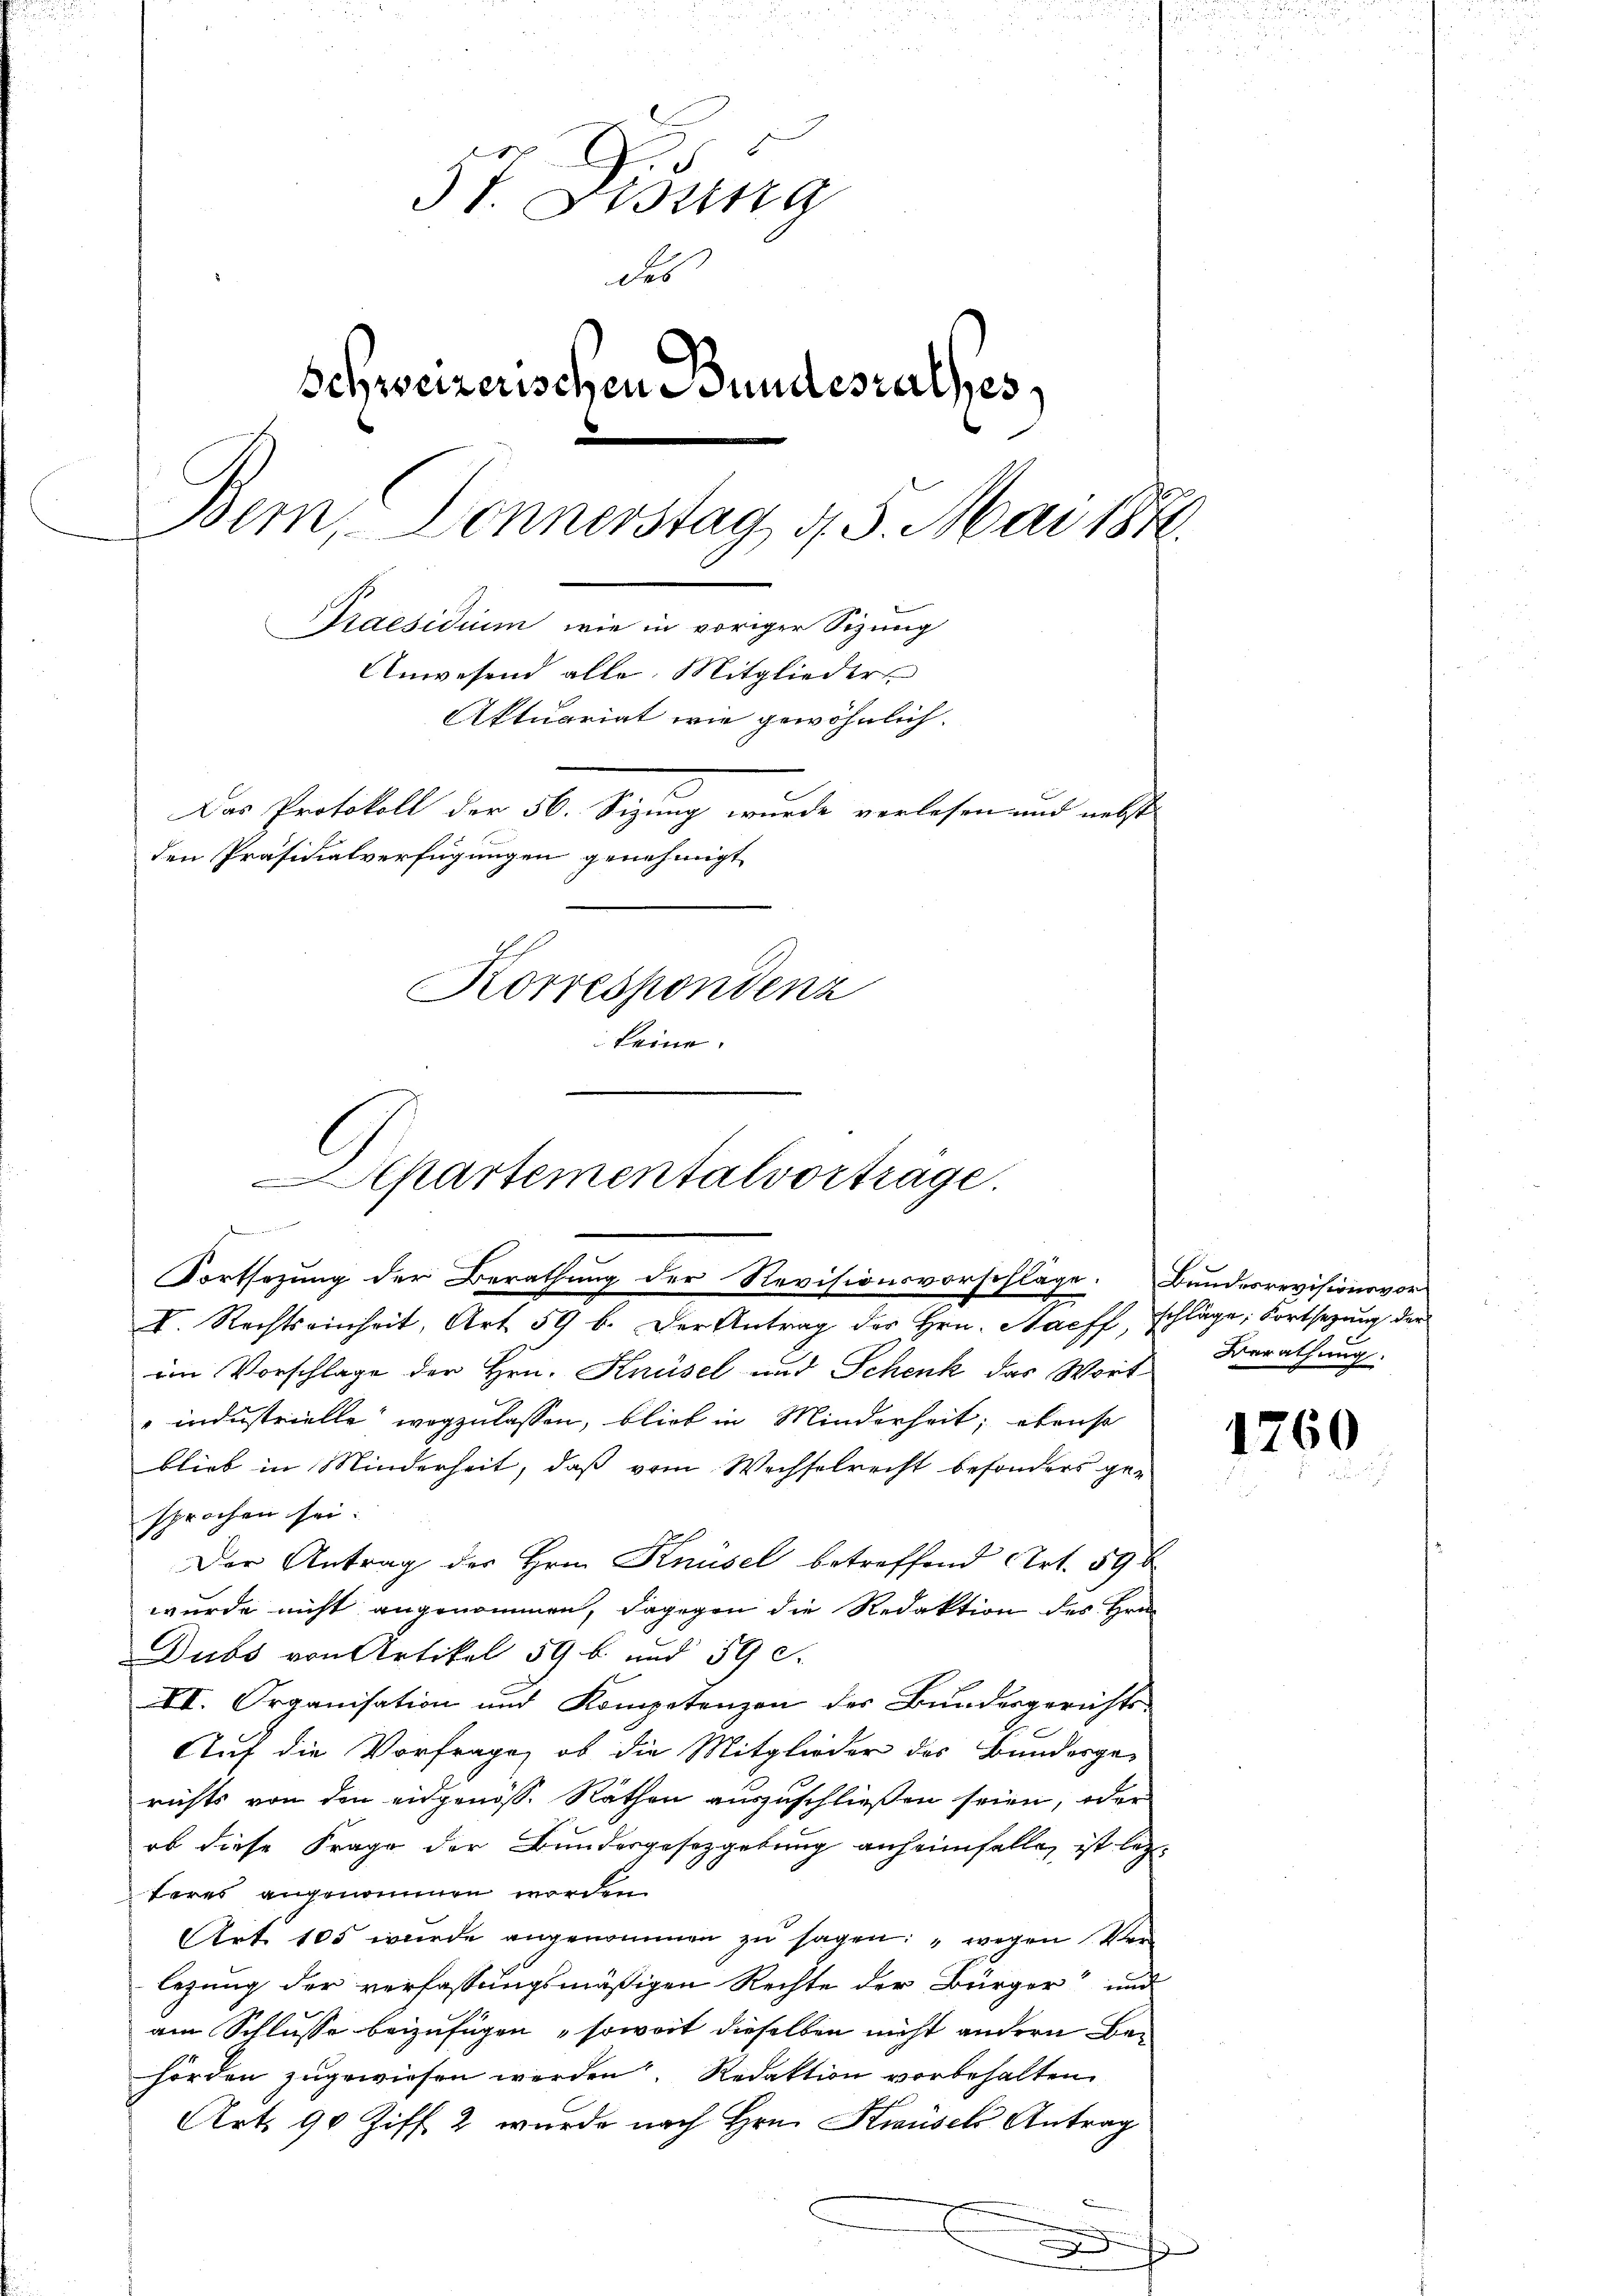
u
37. Disung
des
Schweizerischen Bundesrathes
Bern, Donnerstag d. 3. Mai 187.
Praesidium, wie in voriger Sizung
Anwesend alle Mitglieder
Aktuariat wie gewöhnlich.
Das Protokoll der 56. Sizung wurde verlesen und nebst
den Präsidialverfügungen genehmigt,
Korrespondenz
keine.

Departementalvorträge.
edenen in der in der
Fortsezung der Berathung der Revisionsvorschläge. Bundesrevisionsvor-
V. Rechtseinheit, Art 59 b. Der Antrag des Hrn. Stacff, schläge, Fortsetzung der

im Vorschlage der Hrn. Knüsel und Schenk das Wort
industrielle wegzulassen, blick in Minderheit; ebenso
blieb in Minderheit, daß vom Wechselrecht besonders ge-
sprochen sei.
Der Antrag der Hrn. Knüsel betreffend Art. 598
wurde nicht angenommen, dagegen die Redaktion des Hrn.
Dubs von Artikel 59 b und 59 S.
VI. Organisation und Kompetenzen der Bundesgerichts-
Auf die Vorfrage, ob die Mitglieder des Bundesge-
richts von den eidgenöss. Räthen auszuschließen seien, oder
ob diese Frage der Bundergesetzgebung anheimfalle, ist letzt
bares angenommen worden.
Art. 105 wurde angenommen zŭ sagen: "wegen Ver-
legung der verfassungsmäßigen Rechte der Bürger“ und
am Schlusse beizufügen soweit dieselben nicht andern Behörden zugewiesen werden. Redaktion vorbehalten.
Art. 90 Ziff. 2 wurde nach Hrn. Krusel Antrag
.
3
.

Berathung.

1760